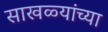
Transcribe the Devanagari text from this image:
साखळ्यांच्या